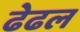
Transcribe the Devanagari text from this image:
ढेढल